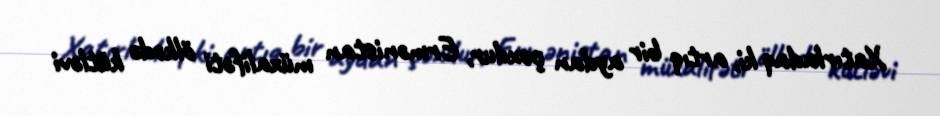
Xatırladaq ki, artıq bir aydan çoxdur, Ermənistan müxalifəti ölkədə kütləvi